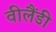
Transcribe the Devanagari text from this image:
वीलैंडी